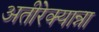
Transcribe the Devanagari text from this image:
अतीरेक्यान्ना